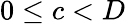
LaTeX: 0\le c<D